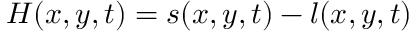
H ( x , y , t ) = s ( x , y , t ) - l ( x , y , t )